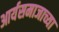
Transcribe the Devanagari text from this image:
आर्यसमाजाच्या